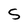
Character: S